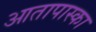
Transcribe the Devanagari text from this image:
आतापास्का